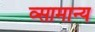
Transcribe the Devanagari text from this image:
व्सामान्य